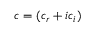
c = ( c _ { r } + i c _ { i } )